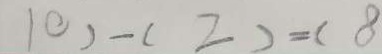
1 0 ) - ( 2 ) = ( 8